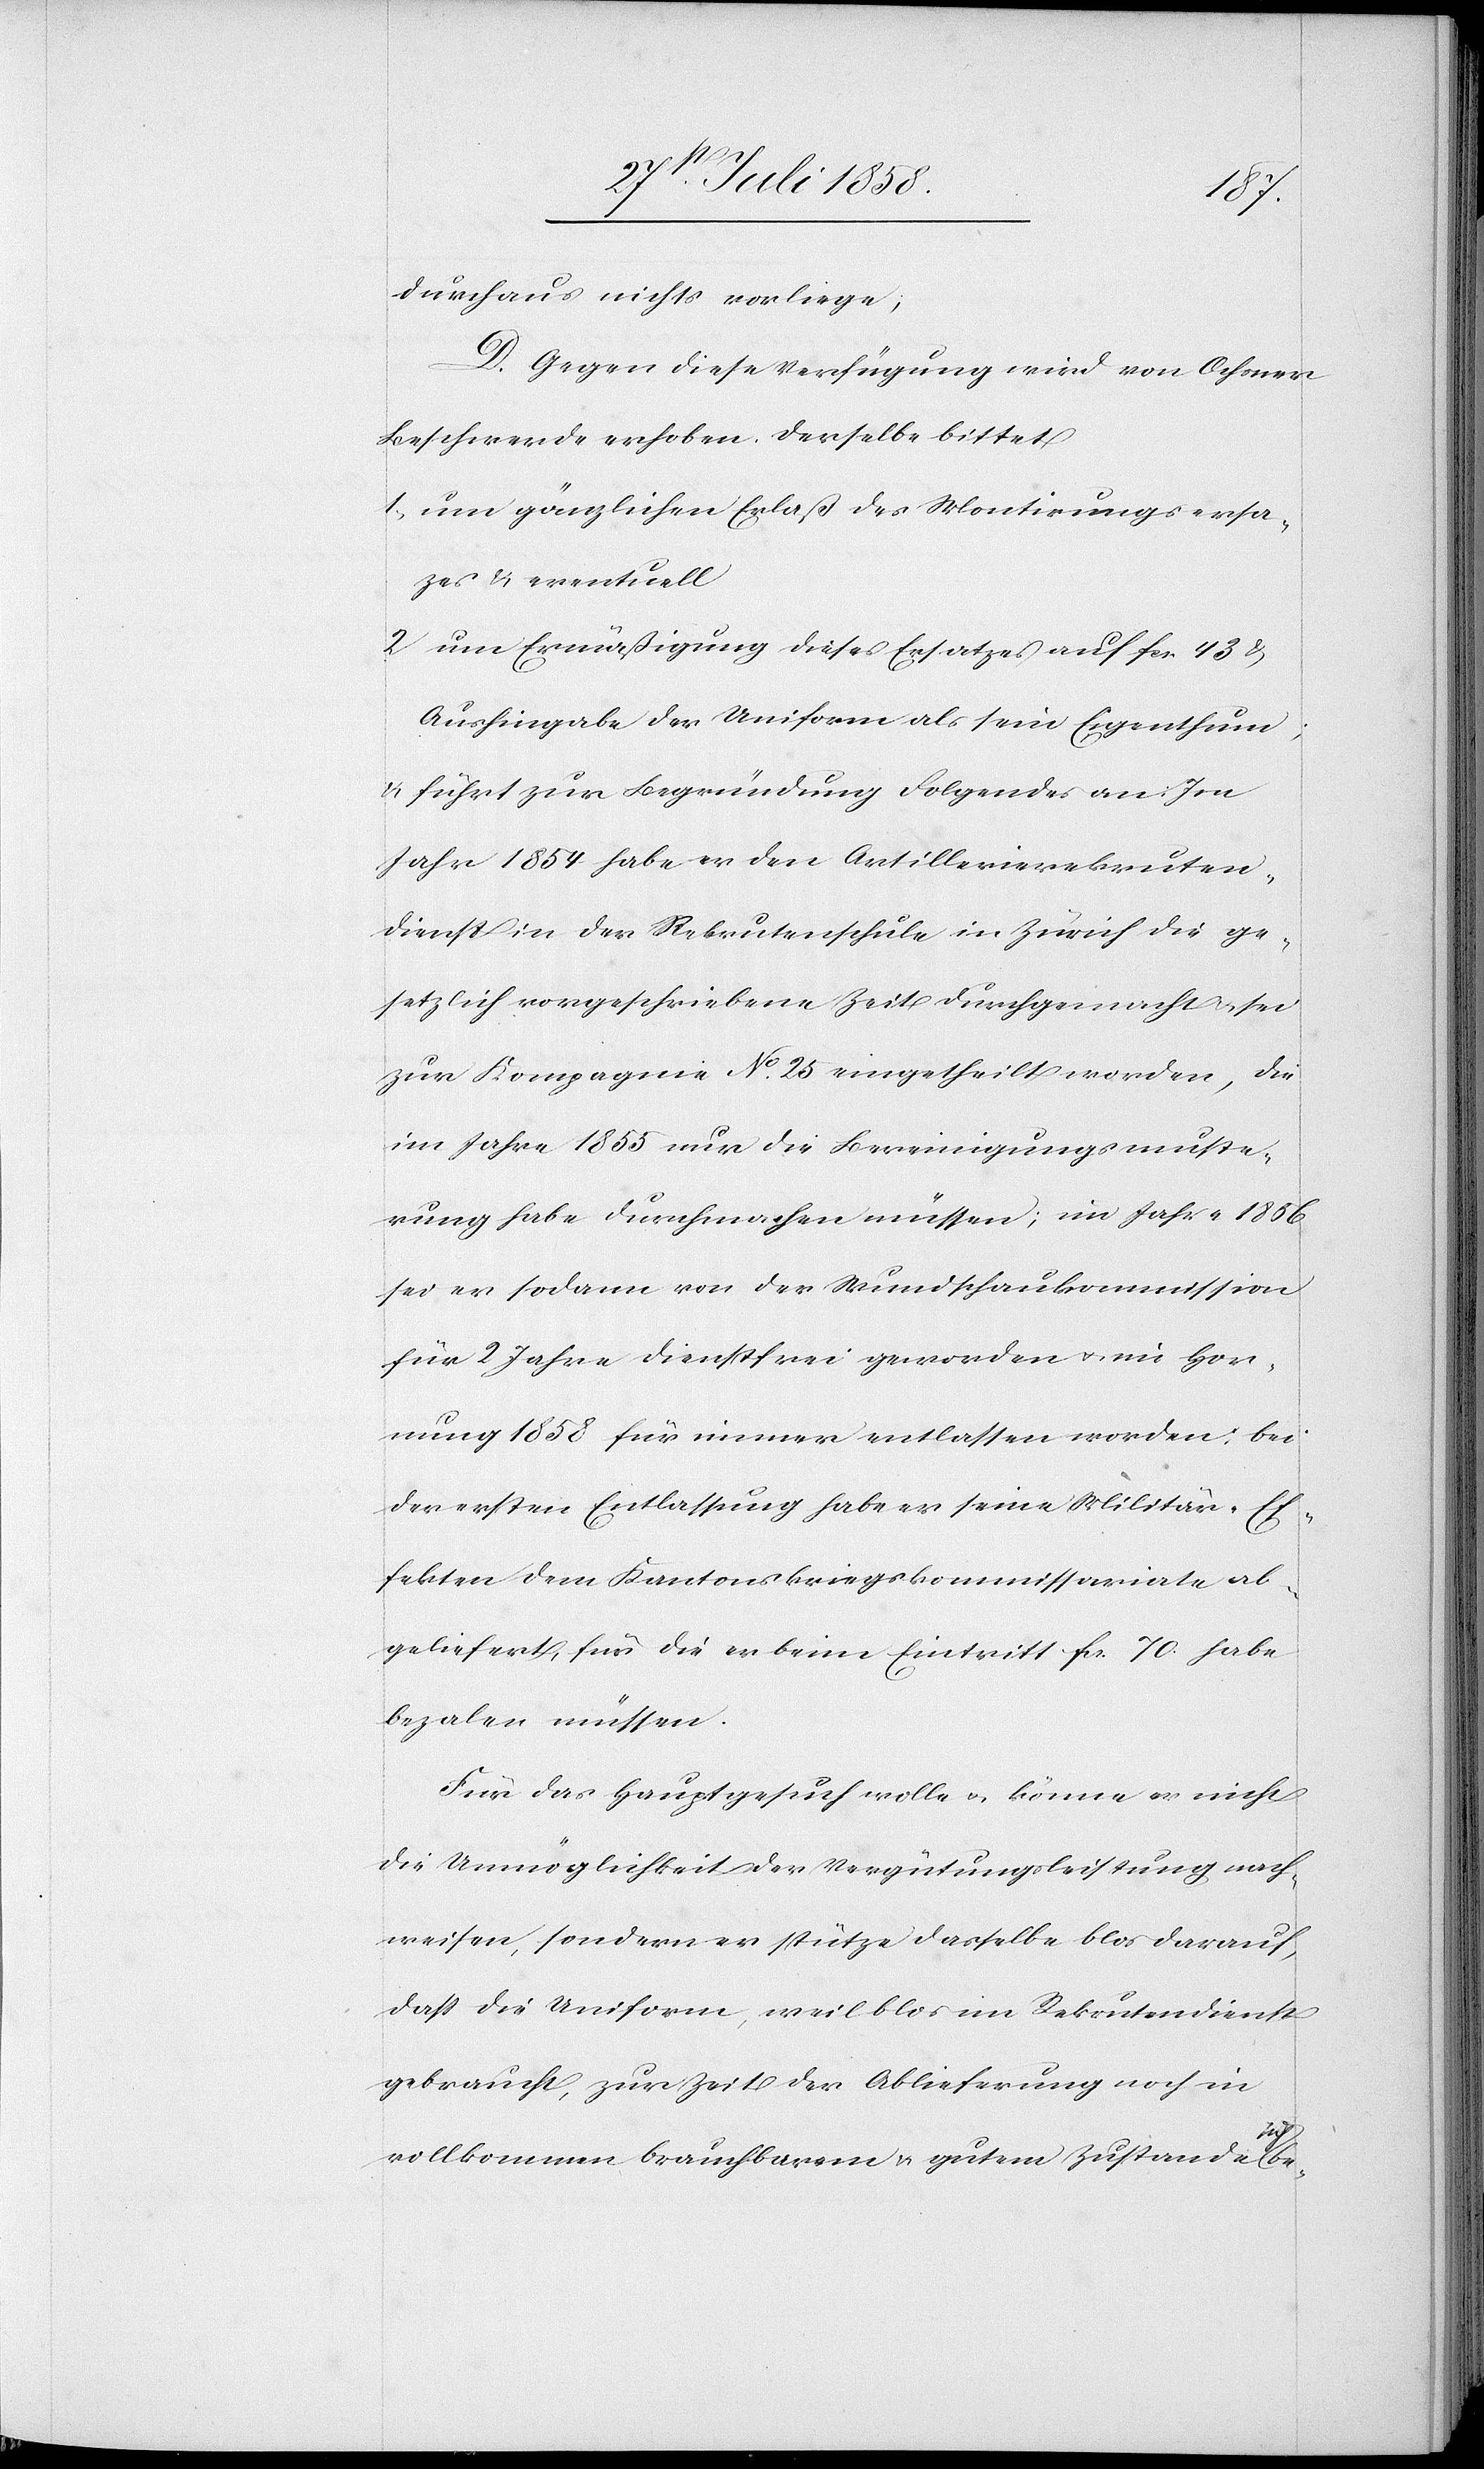
durchaus nichts vorliege;
D. Gegen diese Verfügung wird von Ochsner
Beschwerde erhoben. Derselbe bittet
um gänzlichen Erlaß des Montirungsers¬
a[t]zes & eventuell
um Ermäßigung dieses Ersatzes auf fcs. 43 &
Aushingabe der Uniform als sein Eigenthum;
& führt zur Begründung Folgendes an: Im
Jahr 1854 habe er den Artillerierekruten¬
dienst in der Rekrutenschule in Zürich die ge¬
setzlich vorgeschriebene Zeit durchgemacht & sei
zur Kompagnie No. 25 eingetheilt worden, die
im Jahre 1855 nur die Bereinigungsmuste¬
rung habe durchmachen müssen; im Jahre 1856
sei er sodann von der Wundschaukommission
für 2 Jahre dienstfrei geworden & im Hor¬
nung 1858 für immer entlassen worden; bei
der ersten Entlassung habe er seine Militär-Ef¬
fekten dem Kantonskriegskommissariate ab¬
geliefert, für die er beim Eintritt fcs. 70. habe
bezalen müssen.
Für das Hauptgesuch wolle & könne er nicht
die Unmöglichkeit der Vergütungsleistung nach¬
weisen, sondern er stütze dasselbe blos darauf,
dass die Uniform, weil blos im Rekrutendienst
gebraucht, zur Zeit der Ablieferung noch in
vollkommen brauchbarem & gutem Zustande